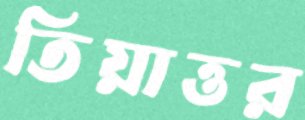
তিয়াত্তর